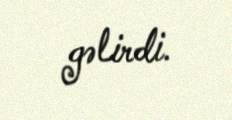
gəlirdi.